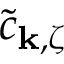
\tilde { c } _ { { \bf k } , \zeta }